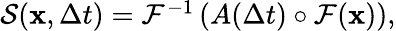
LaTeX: \begin{array}{r}{\mathcal{S}(\mathbf{x},\Delta t)=\mathcal{F}^{-1}\left(A(\Delta t)\circ\mathcal{F}(\mathbf{x})\right),}\end{array}